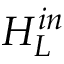
H _ { L } ^ { i n }